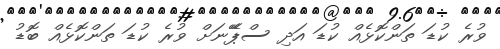
ވުރެ ކުޑަ ތަންކޮޅެއް ކުޑަ އަދި ސްޕޭޭނަށް ވުރެ ކުޑަ ތަންކޮޅެއް ބޮޑު